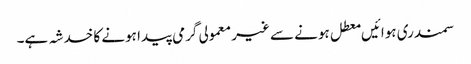
سمندری ہوائیں معطل ہونے سے غیر معمولی گرمی پیدا ہونے کا خدشہ ہے۔